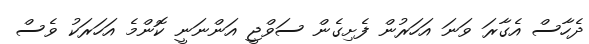
ދެހާސް އެގާރަ ވަނަ އަހަރުން ފެށިގެން ސަވްޖީ އަންނަނީ ކޮންމެ އަހަރަކު ވެސް